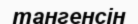
тангенсін